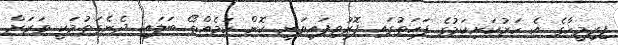
ފިރިމީހާގެ އެ ހަރުކަށިކަމުގެ ފަހަތުގައި ފޮރުވިފައިވަނީ ކޮން ކަމެއްތޯ ބަލައި ދެނެގަތުމަކީ ވަރަށް